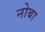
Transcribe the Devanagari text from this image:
नोबा